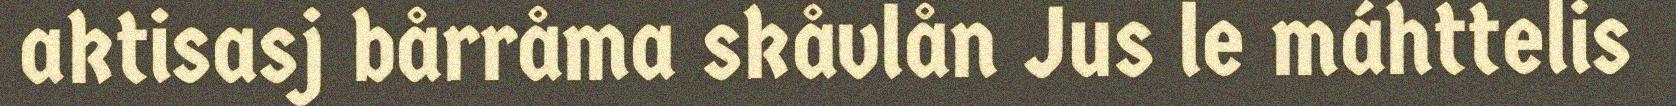
aktisasj bårråma skåvlån Jus le máhttelis